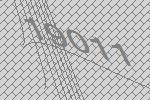
19011